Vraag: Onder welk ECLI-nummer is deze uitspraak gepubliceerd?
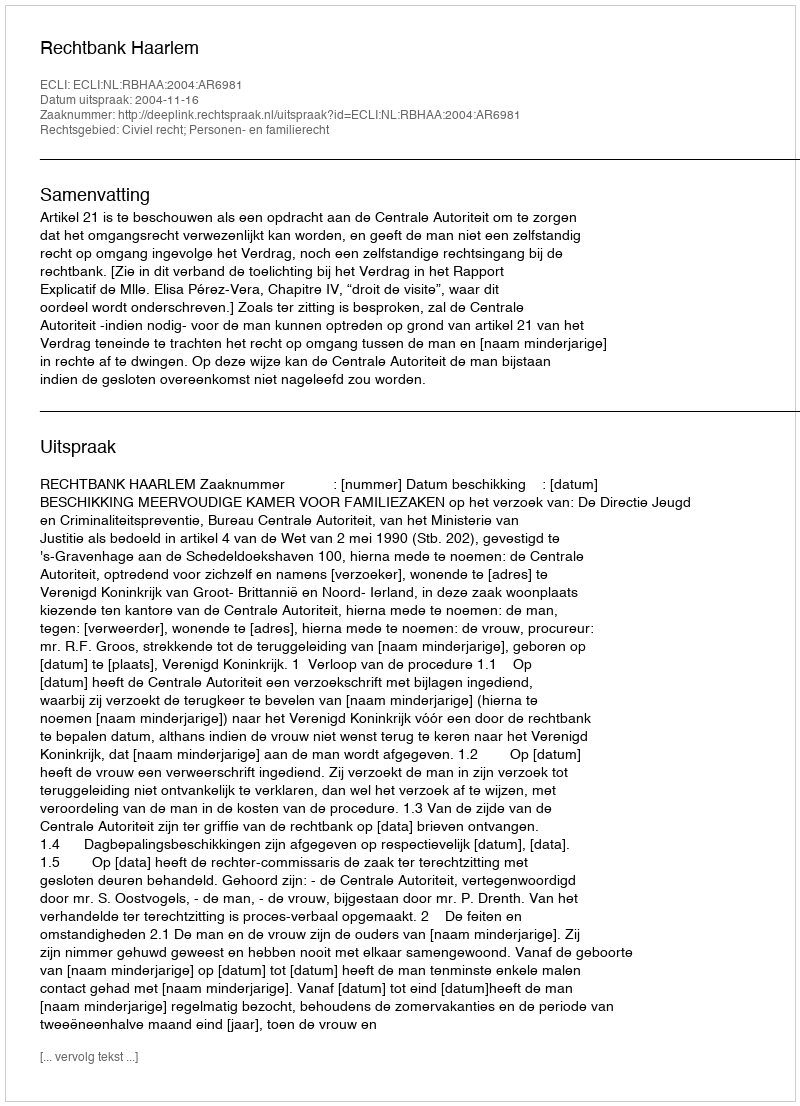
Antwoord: ECLI:NL:RBHAA:2004:AR6981